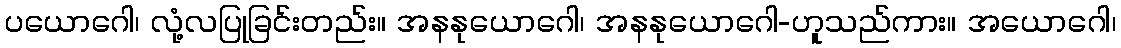
ပယောဂေါ၊ လုံ့လပြုခြင်းတည်း။ အနနုယောဂေါ၊ အနနုယောဂေါ-ဟူသည်ကား။ အယောဂေါ၊